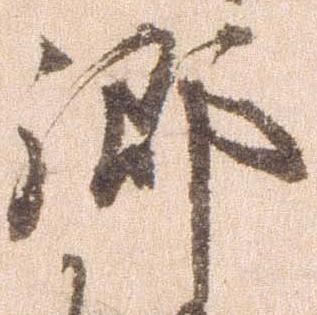
郷